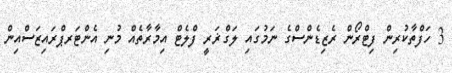
3 ހަފްތާކުރިން ފިޓްރޯން ރެޒިޑެންސްގެ ނަމުގައި ލަގްޜަރީ ފްލެޓް އިމާރާތެއް މުނި އެންޓަރޕްރައިޒަސްއިން